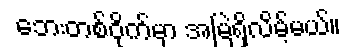
ဘေးတစ်ဝိုက်မှာ အမြဲရှိလိမ့်မယ်။